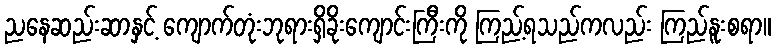
ညနေဆည်းဆာနှင့် ကျောက်တုံးဘုရားရှိခိုးကျောင်းကြီးကို ကြည့်ရသည်ကလည်း ကြည်နူးစရာ။